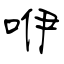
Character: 咿